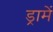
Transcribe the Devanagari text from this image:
ड्रामें